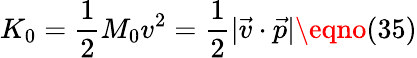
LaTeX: K_{0}={\frac{1}{2}}M_{0}v^{2}={\frac{1}{2}}|\vec{v}\cdot\vec{p}|\eqno(35)